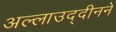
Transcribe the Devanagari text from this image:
अल्लाउद्दीनने